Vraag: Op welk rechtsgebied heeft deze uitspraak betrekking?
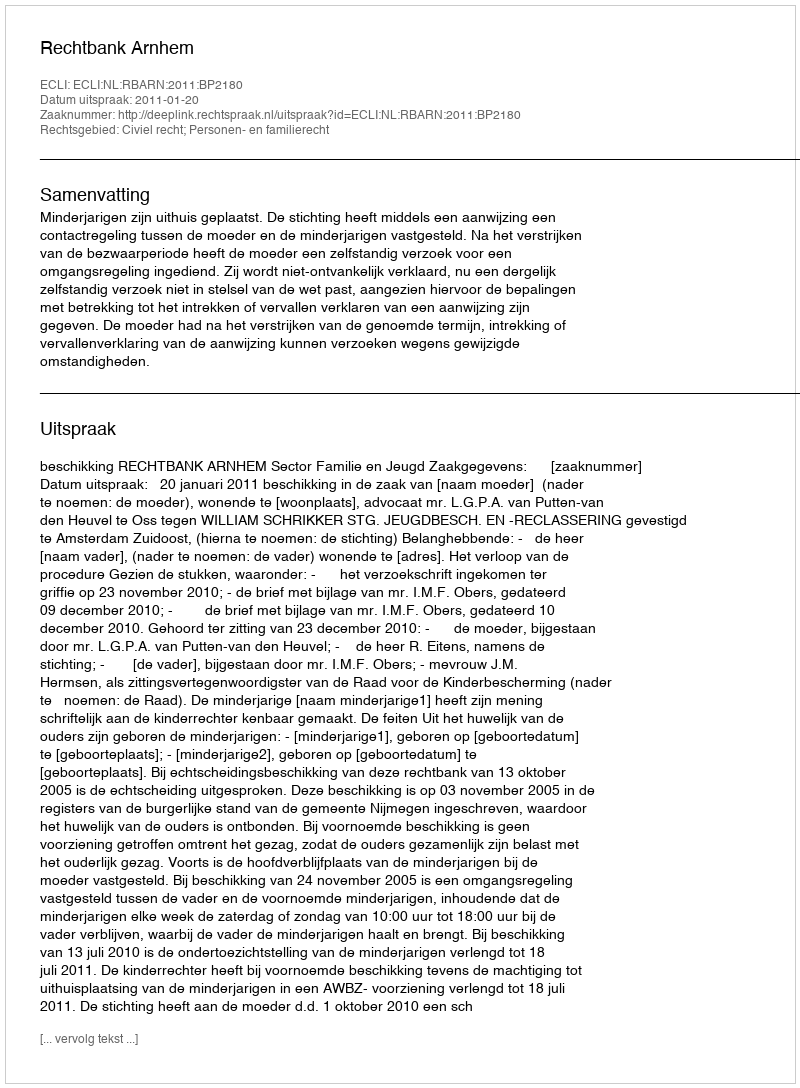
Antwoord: Civiel recht; Personen- en familierecht